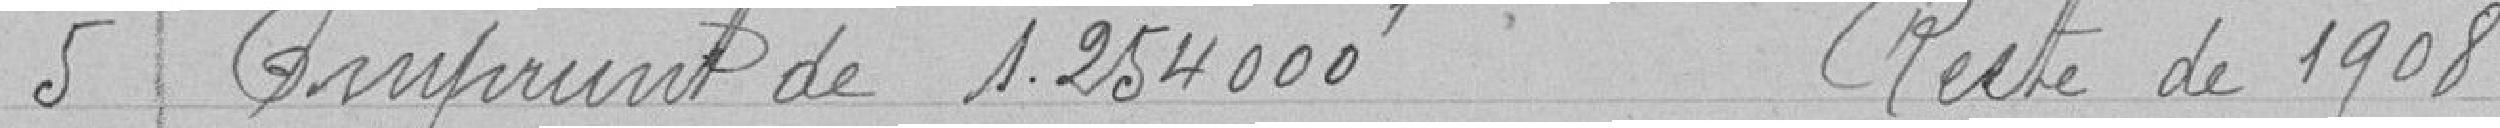
5 Emprunt de 1 254 000 f Reste de 1908